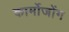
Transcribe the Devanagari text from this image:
कार्मोजोंग